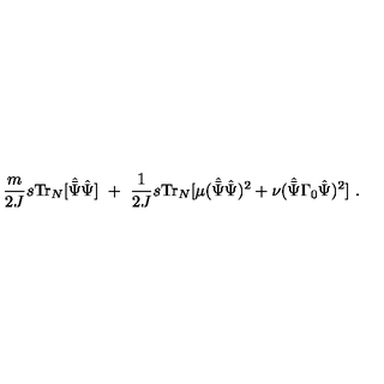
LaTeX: \frac { m } { 2 J } s \mathrm { T r } _ { N } [ { \hat { \bar { \Psi } } } { \hat { \Psi } } ] \ + \ \frac { 1 } { 2 J } s \mathrm { T r } _ { N } [ \mu ( { \hat { \bar { \Psi } } } { \hat { \Psi } } ) ^ { 2 } + \nu ( { \hat { \bar { \Psi } } } \Gamma _ { 0 } { \hat { \Psi } } ) ^ { 2 } ] \ .